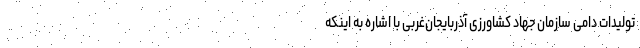
تولیدات دامی سازمان جهاد کشاورزی آذربایجان‌غربی با اشاره به اینکه